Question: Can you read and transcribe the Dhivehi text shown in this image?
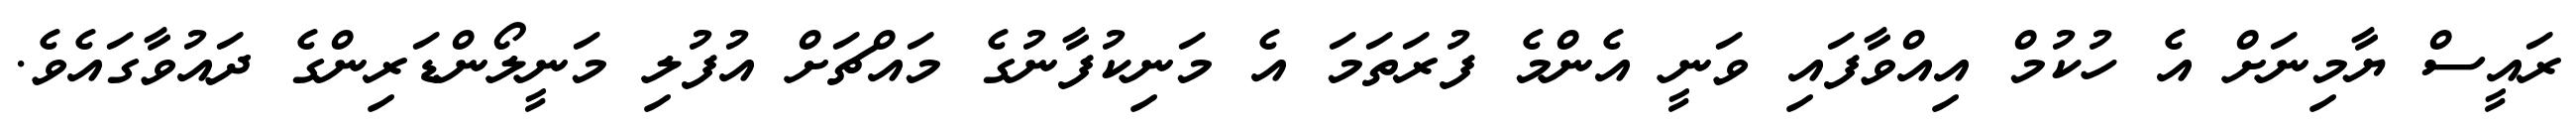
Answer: ރައީސް ޔާމިނަށް އެ ހުކުމް އިއްވާފައި ވަނީ އެންމެ ފުރަތަމަ އެ މަނިކުފާނުގެ މައްޗަށް އުފުލި މަނީލޯންޑަރިންގެ ދައުވާގައެވެ.